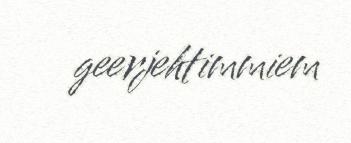
geerjehtimmiem